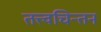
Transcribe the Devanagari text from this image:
तत्त्वचिन्तन